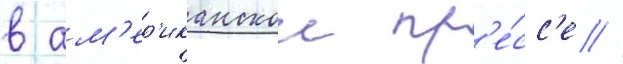
в ам'ер'иканскои пр'е́сс'е //